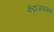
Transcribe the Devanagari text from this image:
केंद्राजवळचा